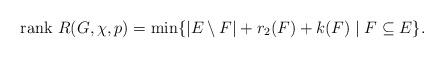
LaTeX: \begin{align*}{\rm rank}\ R(G,\chi,p)=\min\{|E\setminus F|+r_2(F)+k(F)\mid F\subseteq E\}.\end{align*}